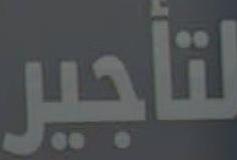
لتأجير